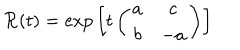
{ \cal R } ( t ) = { \exp } \left[ { \displaystyle t } \left( \begin{array} { c c } { { a } } & { { c } } \\ { { b } } & { { - a } } \\ \end{array} \right) \right]